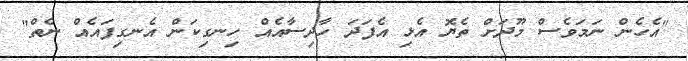
"އެެހެން ނަމަވެސް މޫދަށް ތެޔޮ އެޅި އެފަދަ ހާދިސާއެއް ހިނގިކަން އެނގިފައެއް ނެތް"